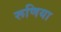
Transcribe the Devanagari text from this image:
रूणिया